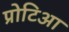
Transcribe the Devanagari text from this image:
प्रोटिआ